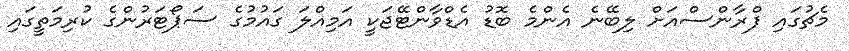
މެޗުގައި ފްރާންސްއަށް ލިބޭނެ އެންމެ ބޮޑު އެޑްވާންޓޭޖަކީ އަމިއްލަ ގައުމުގެ ސަޕޯޓަރުންގެ ކުރިމަތީގައި